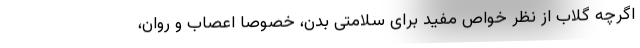
اگرچه گلاب از نظر خواص مفید برای سلامتی بدن، خصوصاً اعصاب و روان،